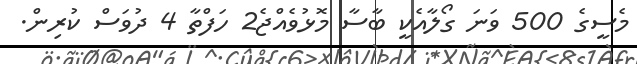
މެސީގެ 500 ވަނަ ގޯލާއެކީ ބާސާ މޮޅުވެއްޖެ2 ހަފްތާ 4 ދުވަސް ކުރިން.